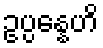
ဥပ္ပန္နေဟိ